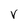
Character: v